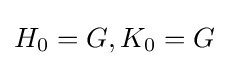
H_{0}=G,K_{0}=G